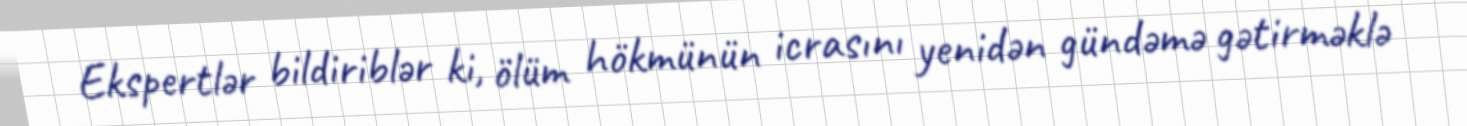
Ekspertlər bildiriblər ki, ölüm hökmünün icrasını yenidən gündəmə gətirməklə